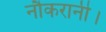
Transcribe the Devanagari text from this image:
नौकरानी।